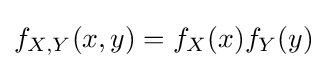
f_{X,Y}(x,y)=f_{X}(x)f_{Y}(y)